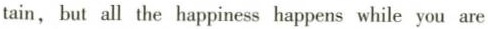
tain, but all the happiness happens while you are